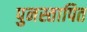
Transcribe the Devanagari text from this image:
पुनस्तापित